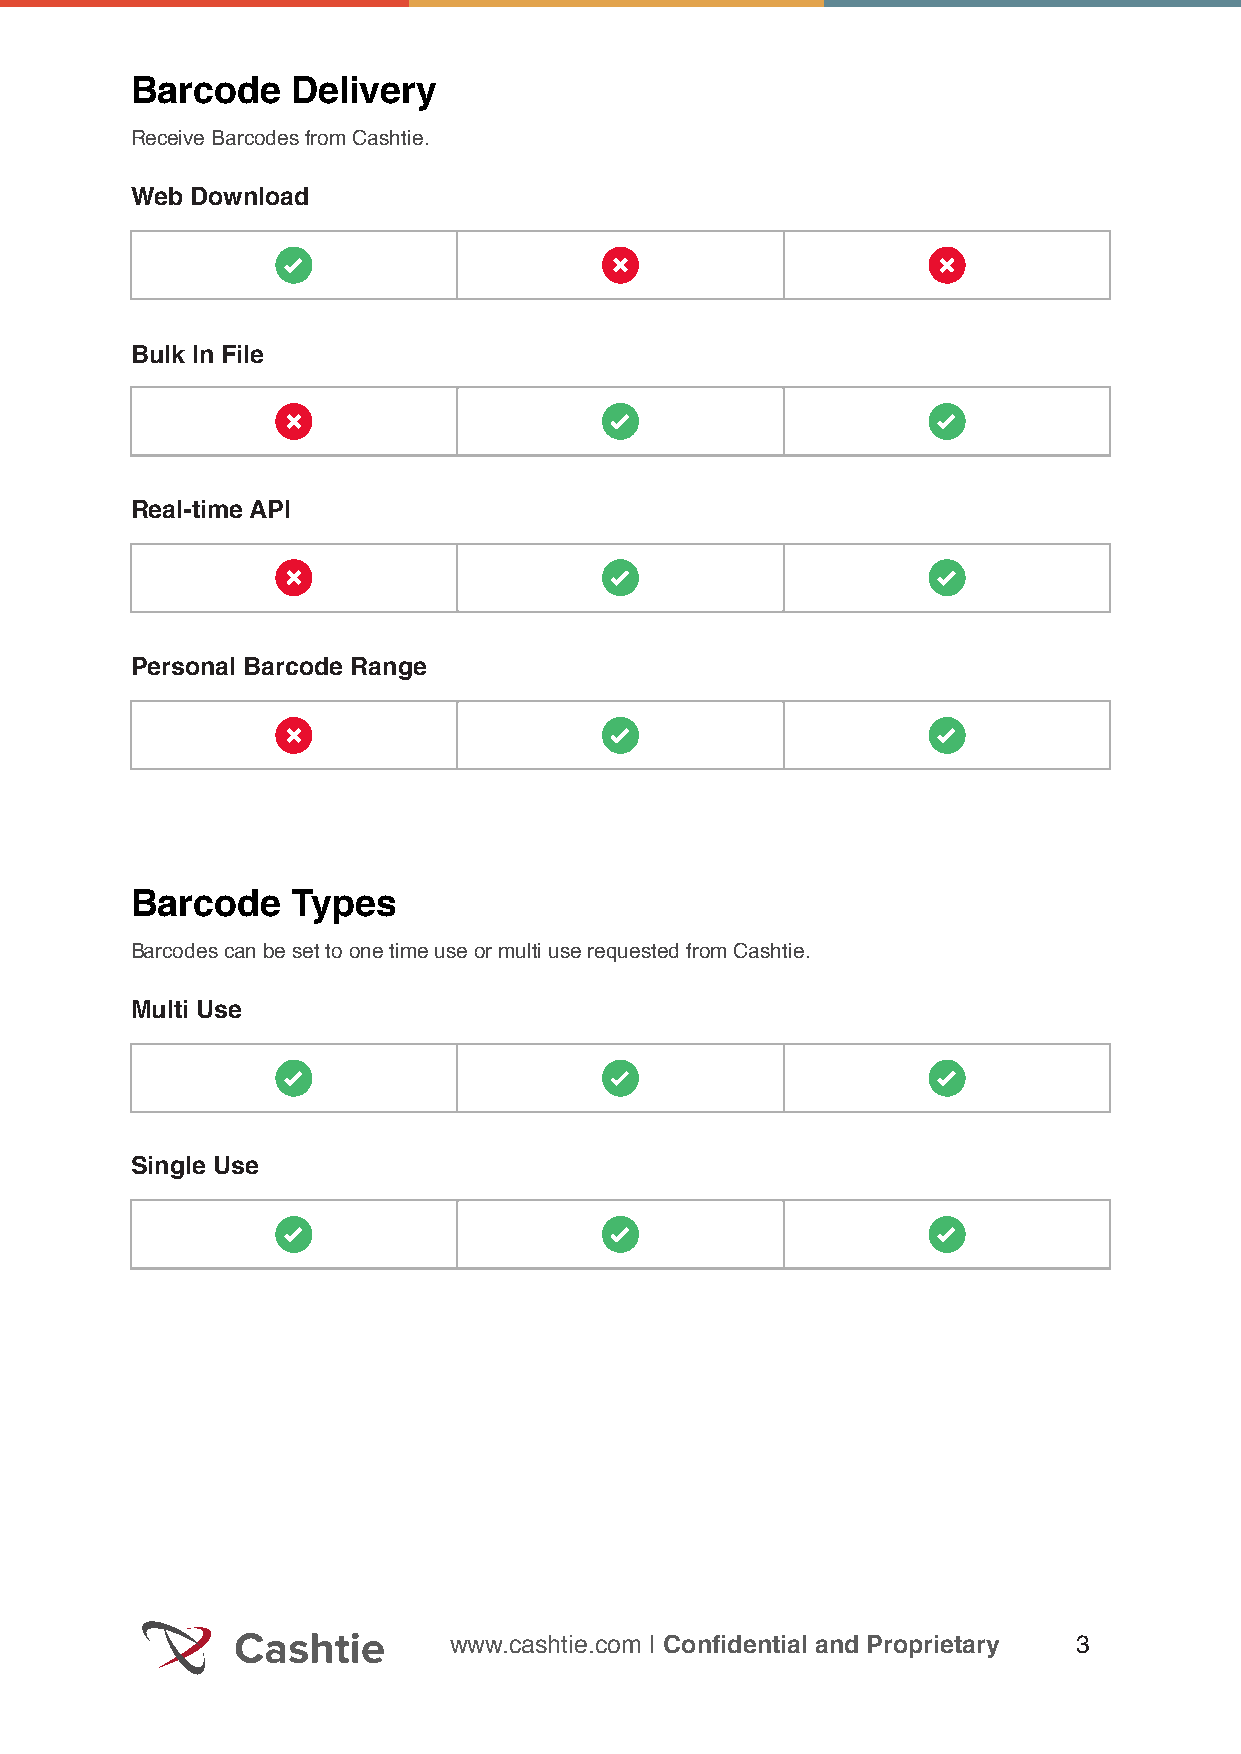
Barcode   Delivery
 Receive Barcodes from Cashtie.
 Web Download
 Bulk In File
 Bulk
 Real-time API
 Personal Barcode Range
 Barcode   Types
 Barcodes can be set to one time use or multi use requested from Cashtie.
 Multi Use
 Single Use
 www.cashtie.com | Confidential and Proprietary 3